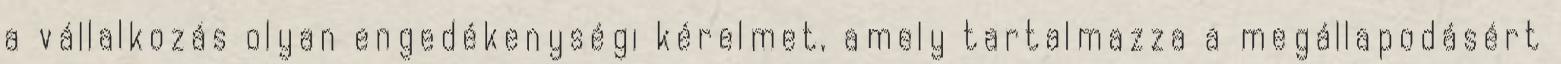
a vállalkozás olyan engedékenységi kérelmet, amely tartalmazza a megállapodásért